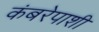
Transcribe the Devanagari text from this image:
कंबरेपाशी